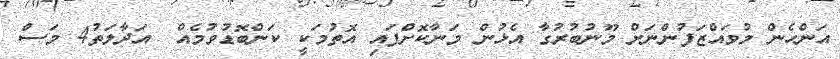
އަންހެން މުވައްޒަފުންނަށް މޫނުބުރުގާ އެޅުން މަނާކޮށްފައި އޮތުމަކީ ކަންބޮޑުވުމެއް  އަދާލަތު4 މަސް